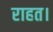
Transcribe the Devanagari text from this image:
राहत।